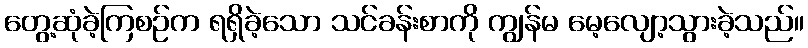
တွေ့ဆုံခဲ့ကြစဉ်က ရရှိခဲ့သော သင်ခန်းစာကို ကျွန်မ မေ့လျော့သွားခဲ့သည်။